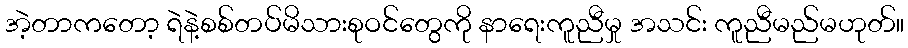
အဲ့တာကတော့ ရဲနဲ့စစ်တပ်မိသားစုဝင်တွေကို နာရေးကူညီမှု အသင်း ကူညီမည်မဟုတ်။